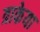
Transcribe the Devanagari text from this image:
त्राकेया